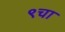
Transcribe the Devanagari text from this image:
९चा